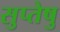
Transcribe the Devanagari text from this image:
सुप्तेषु